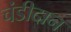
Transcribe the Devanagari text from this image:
चंडीदान